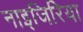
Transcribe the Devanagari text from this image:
नाइजिरिया